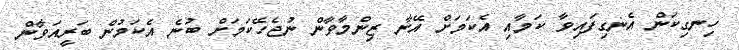
ހިނގިކަން އެނގިފައިވާ ކަމާއި އެކަމަށް އޭނާ ޒިންމާވާން ނުޖެހޭކަމަށް ބުނެ އެކަމުން ބަރީއަވާން